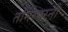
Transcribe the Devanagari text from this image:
तमिरपरनी